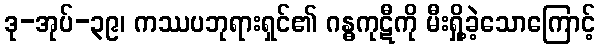
ဒု-အုပ်-၃၉၊ ကဿပဘုရားရှင်၏ ဂန္ဓကုဋီကို မီးရှို့ခဲ့သောကြောင့်